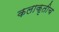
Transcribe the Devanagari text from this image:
कलाकृतीच